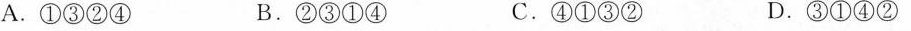
A.①③②④ B.②③①④ C.④①③② D.③①④②